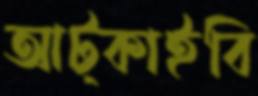
আট্‌কাইবি